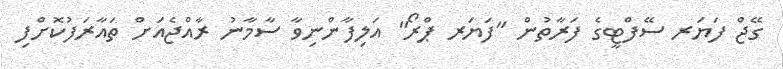
ގޭޖް ފަޔަރ ސޭފްޓީގެ ފަރާތުން "ފަޔަރ ޕްރޯ" އަލިފާންނިވާ ސާމާނު ރާއްޖެއަށް ތައާރަފުކޮށްފި